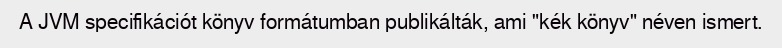
A JVM specifikációt könyv formátumban publikálták, ami "kék könyv" néven ismert.